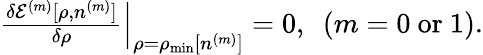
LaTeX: \begin{array}{r}{\frac{\delta{\cal E}^{(m)}[\rho,n^{(m)}]}{\delta\rho}\Big\vert_{\rho=\rho_{\mathrm{min}}[n^{(m)}]}=0,~~(m=0~\mathrm{or}~1).}\end{array}